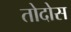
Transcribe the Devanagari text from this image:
तोदोस